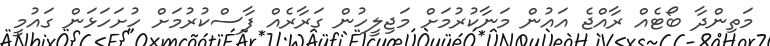
މަތިންދާ ބޯޓެއް ރާއްޖެ އައުން މަނާކުރުމަށް މަޖިލީހުން ގަރާރެއް ފާސްކުރުމަށް ހުށަހަޅަން ގައުމީ